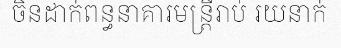
ចិនដាក់ពន្ធនាគារមន្ត្រីរាប់ រយនាក់